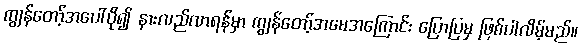
ကျွန်တော့်အပေါ်ပို၍ နားလည်လာရန်မှာ ကျွန်တော့်အမေအကြောင်း ပြောပြမှ ဖြစ်ပါလိမ့်မည်။